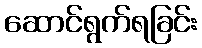
ဆောင်ရွက်ရခြင်း